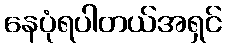
နေပုံရပါတယ်အရှင်